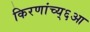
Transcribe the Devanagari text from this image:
किरणांच्य्६आ